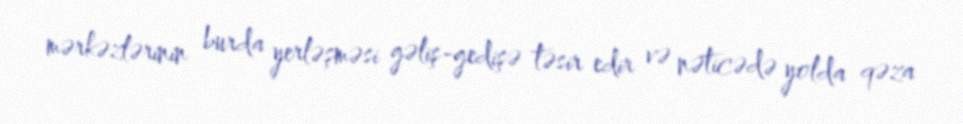
mərkəzlərinin burda yerləşməsi gəliş-gedişə təsir edir və nəticədə yolda qəza